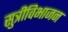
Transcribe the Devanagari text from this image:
सुत्रीविभाजन